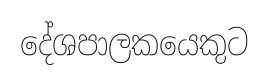
දේශපාලකයෙකුට